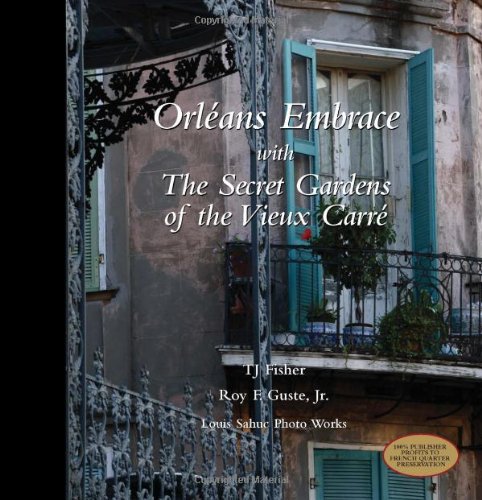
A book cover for Orleans Embrace with The Secret Gardens of the Vieux Carre; TJ Fisher; Travel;